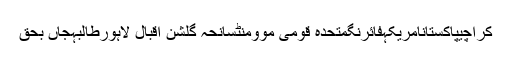
کراچیپاکستانامریکہفائرنگمتحدہ قومی موومنٹسانحہ گلشن اقبال لاہورطالبہجاں بحق